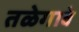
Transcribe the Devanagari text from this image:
तळेगावे